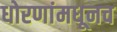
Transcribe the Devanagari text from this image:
धोरणांमधूनच